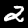
Digit: 2